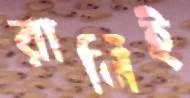
রানিই